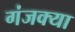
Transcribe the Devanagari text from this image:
गंजक्या